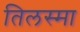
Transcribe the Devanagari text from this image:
तिलस्मा